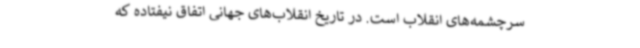
سرچشمه‌های انقلاب است. در تاریخ انقلاب‌های جهانی اتفاق نیفتاده که